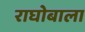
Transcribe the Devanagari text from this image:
राघोबाला